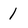
Character: 1